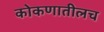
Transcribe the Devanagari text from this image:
कोकणातीलच